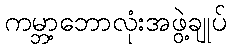
ကမ္ဘာ့ဘောလုံးအဖွဲ့ချုပ်